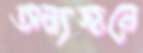
অন্যজনে